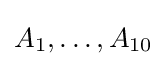
A_{1},\ldots ,A_{10}